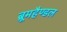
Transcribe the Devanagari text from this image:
ब्रूमहैण्डल